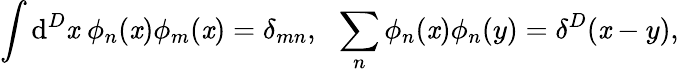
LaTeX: \int\mathrm{d}^{D}\mathit{x}\; \phi_{n}(\mathit{x})\phi_{m}(\mathit{x})=\delta_{mn},\: \: \: \sum_{n}\phi_{n}(\mathit{x})\phi_{n}(y)=\delta^{D}(\mathit{x}-y),